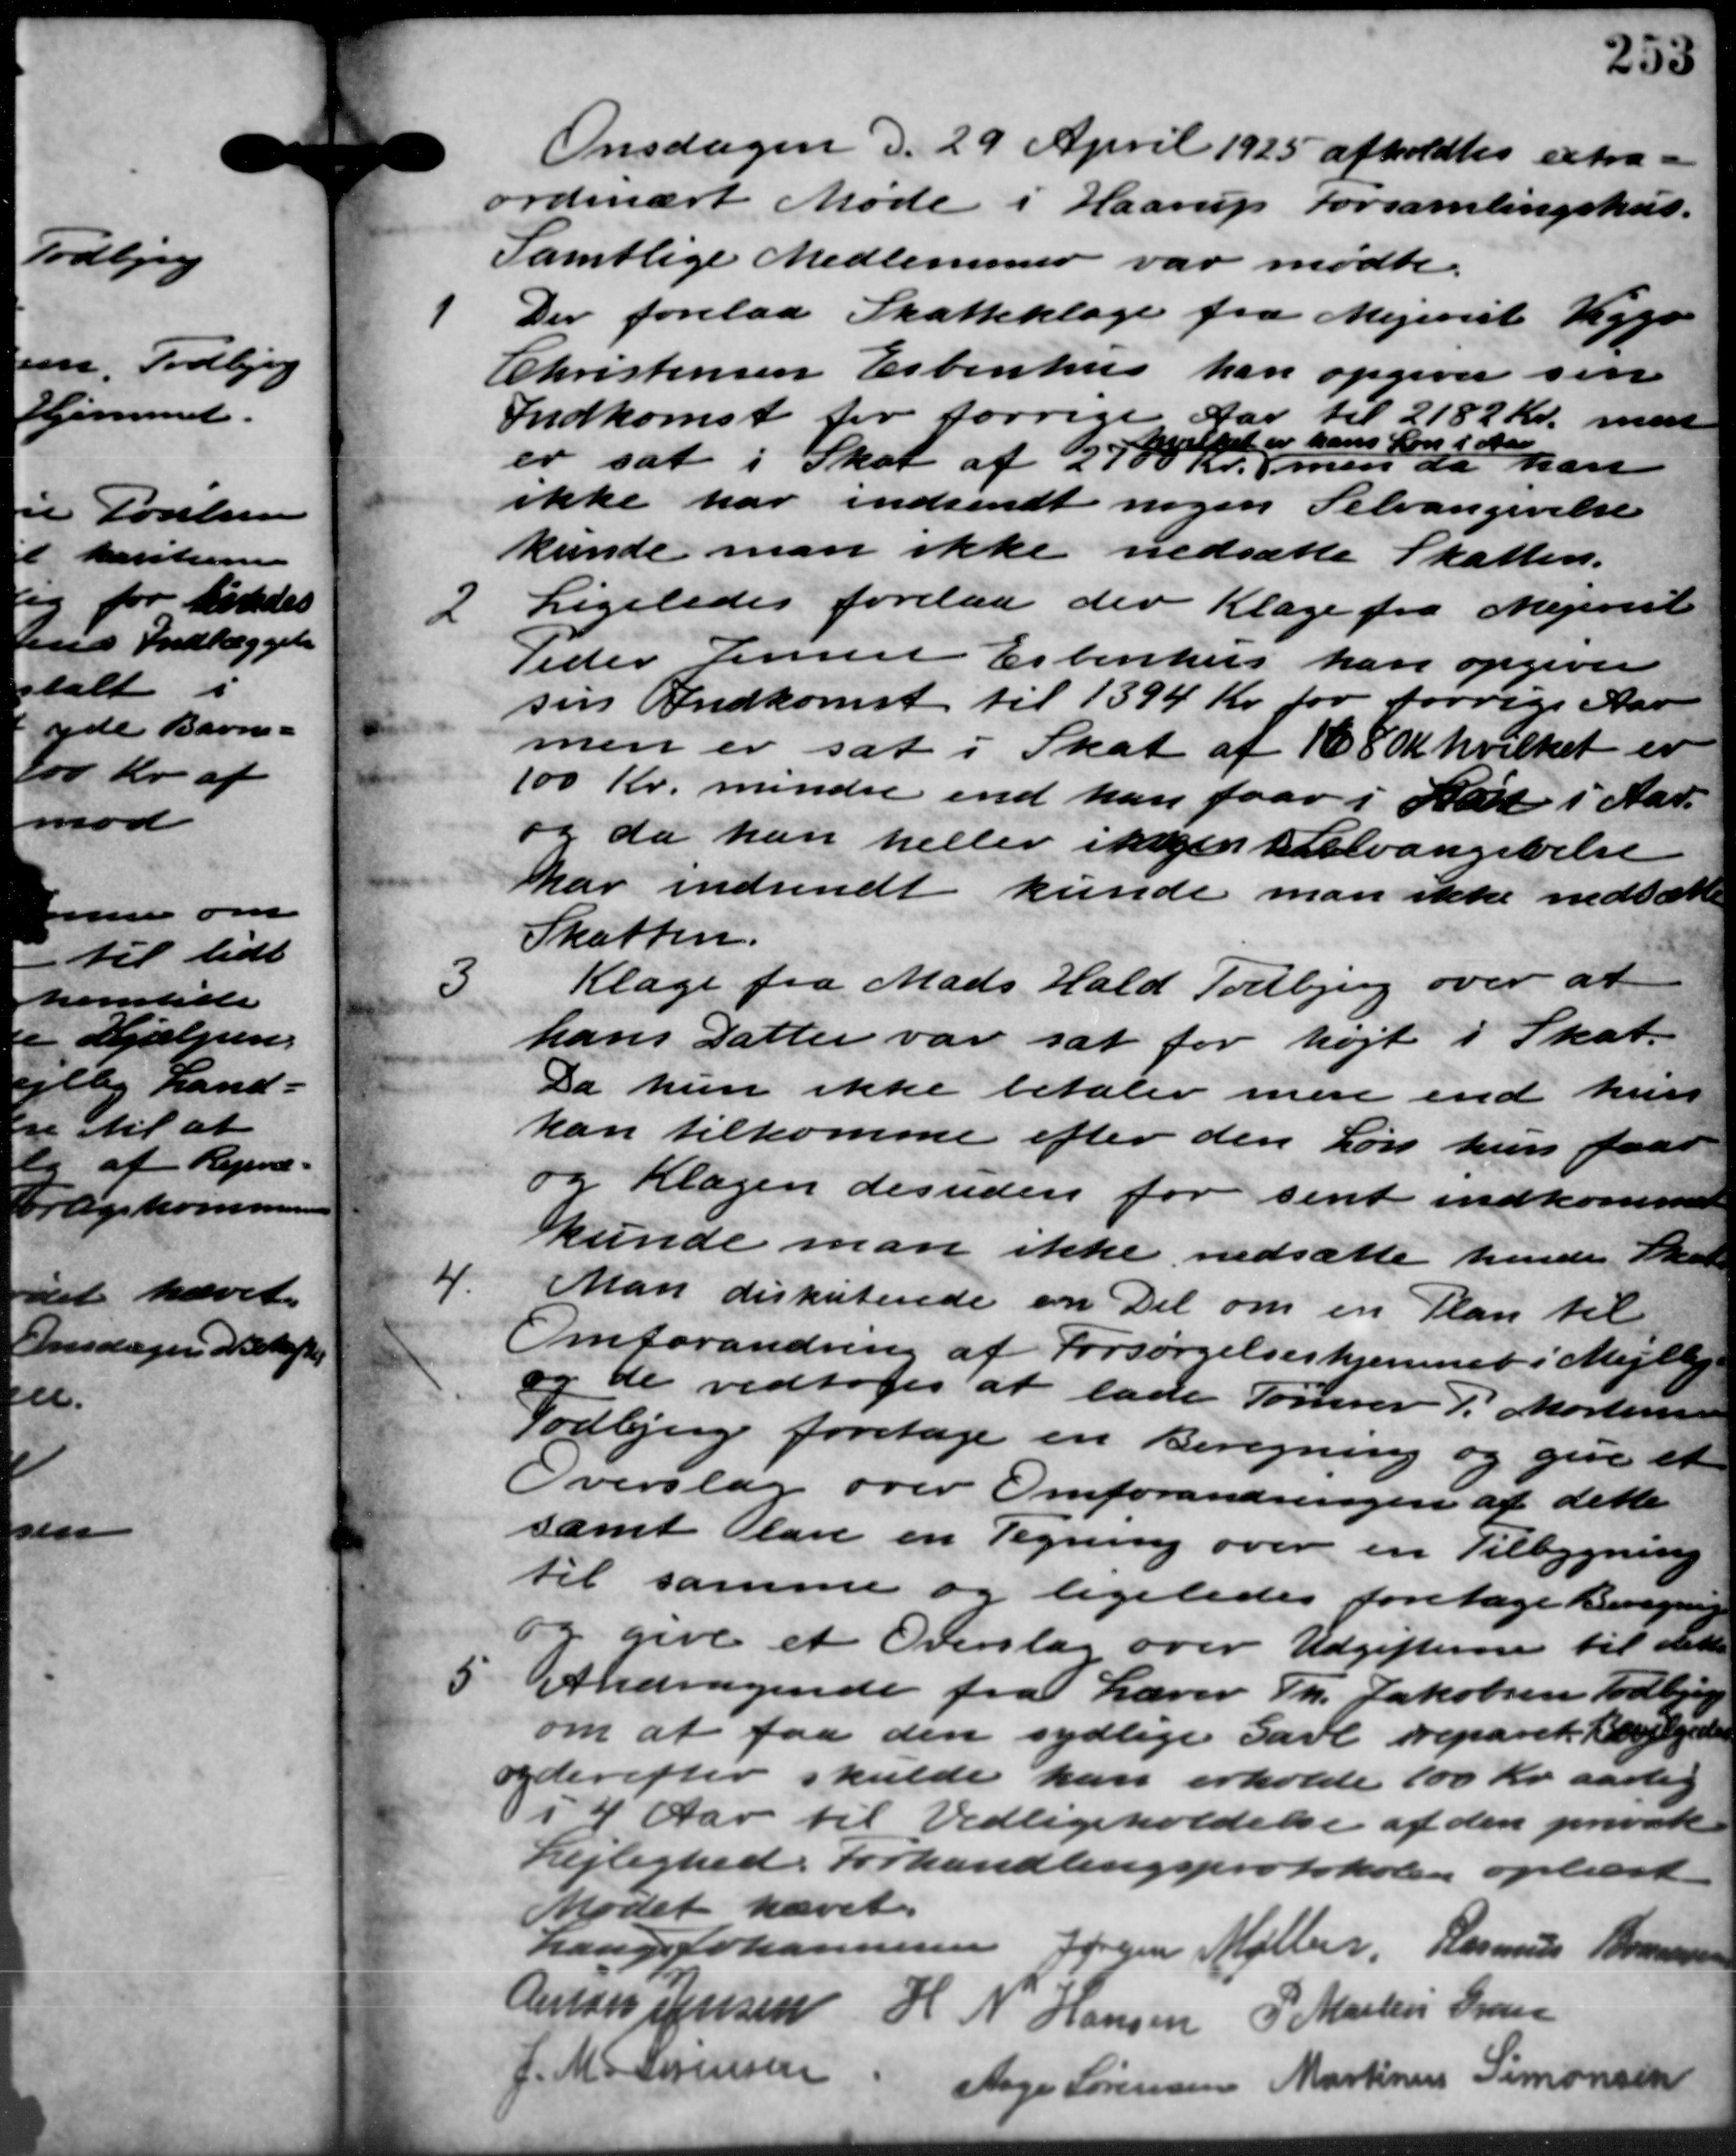
Transskription:
Onsdagen d. 29 April 1925 afholdtes extra -
ordinært Møde i Haarup Forsamlingshus.
Samtlige Medlemmer var mødte.
1
Der forelaa Skatteklage fra Mejeriet Viggo
Christensen Esbenhus kan opgiver sin
Indkomst for forrige Aar til 2182 Kr. mest
er sat i Skat af 2700 Kr. men da han
hvilket er hans Løn i Aar
ikke har indsendt nogen Selvangivelse
kunde man ikke nedsætte Skatten.
2
Ligeledes forelaa der Klage fra Mejerist
Peder Jensen Esbenhus kan opgiver
sin Indkomst til 1394 Kr. for forrige Aar
men er sat i Skat af 1680 Kr hvilket er
100 Kr. mindre end han faar i Stat i Aar.
og da han heller ikke halvangivelse
har indsendt kunde man ikke nedsætte
Skatten.
3
Klage fra Mads Hald Todbjerg over at
hans Datter var sat for højt i Skat.
Da hun ikke betaler mere end hun
kan tilkomme efter den Løn kun faar
og Klagen desuden for sent indkommet
kunde man ikke nedsætte hende Skatte
4.
Man diskuterede en Del om en Plan til
Omforandren af Forsørgelseshjemmet i Mejlby.
og de vedtoges at lade Tømrer P. Mortensen
Todbjerg foretage en Beregning og give et
Overslag over Omforandringen af dette
samt Plan en Tegning over en Tilbygning
til samme og ligeledes foretage Beregning
og give et Overslag over Udgifterne til dette

Andragende fra Lærer Th. Jakobsen Todbjerg
om at faa den sydlige Gavl reparet Bevilgedes
og derefter skulde kan erholde 100 Kr. aarlig
i 4 Aar til Vedligeholdelse af den private
Lejlighed. Forhandlingsprotokolen oplæst.
Mødet hævet.
Lauge Johannesen Jørgen Møller, Rasmus Bonnesen
Amon Jensen H N Hansen P. Martin Gran
J. M. S. Sørensen
Aage Sørensen Martinus Simonsen